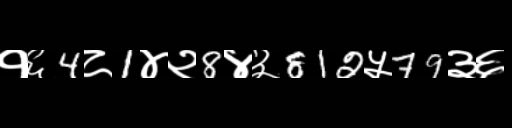
Text: १६4८1४२8४३812५79३६